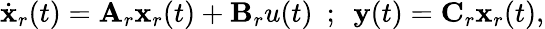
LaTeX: \begin{array}{r}{\dot{\mathbf{x}}_{r}(t)=\mathbf{A}_{r}\mathbf{x}_{r}(t)+\mathbf{B}_{r}u(t)\ \ ;\ \ \mathbf{y}(t)=\mathbf{C}_{r}\mathbf{x}_{r}(t),}\end{array}